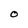
Character: O